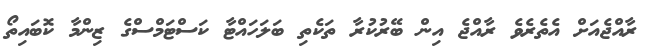
ރާއްޖެއަށް އެތެރެވެ ރާއްޖެ އިން ބޭރުކުރާ ތަކެތި ބަލަހައްޓާ ކަސްޓަމްސްގެ ޒިންމާ ކޮބައިތޯ